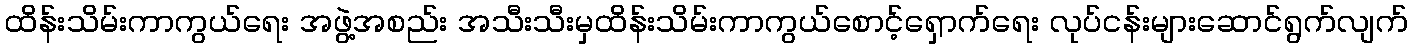
ထိန်းသိမ်းကာကွယ်ရေး အဖွဲ့အစည်း အသီးသီးမှထိန်းသိမ်းကာကွယ်စောင့်ရှောက်ရေး လုပ်ငန်းများဆောင်ရွက်လျက်